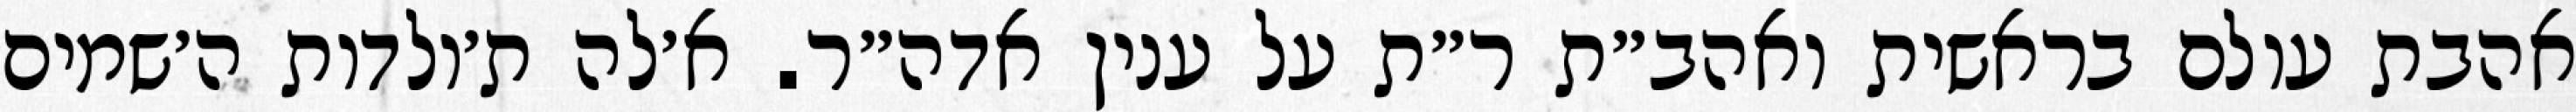
אהבת עולם בראשית ואהב״ת ר״ת על ענין אדה״ר. א׳לה ת׳ולדות ה׳שמים